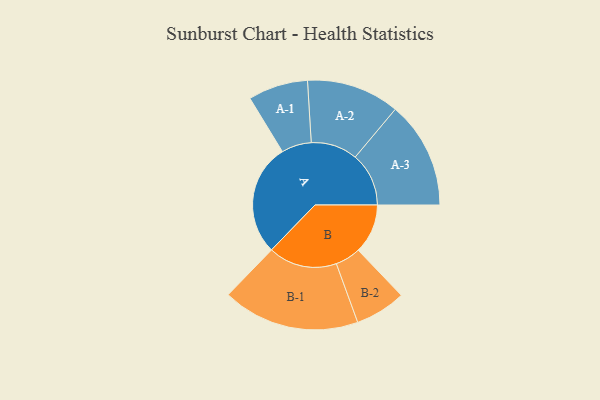
{"axis": {"x": "Segment", "y": "Value"}, "legend": ["", "A", "B"], "data": [{"x": "A", "y": 445, "type": ""}, {"x": "B", "y": 197, "type": ""}, {"x": "A-1", "y": 119, "type": "A"}, {"x": "A-2", "y": 185, "type": "A"}, {"x": "A-3", "y": 213, "type": "A"}, {"x": "B-1", "y": 273, "type": "B"}, {"x": "B-2", "y": 101, "type": "B"}]}